Document type: Dowry acquittance
Year: 1427
Scribe: Pere Tarafa
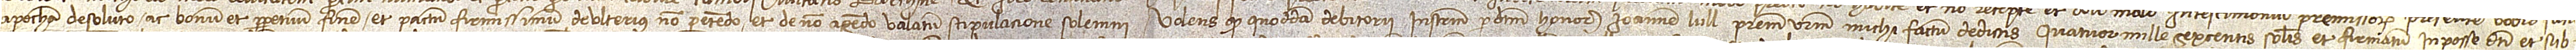
apocham de soluto ac bonum et perpetuum finem et pactum firmissimum de ulterius non petendo et de non agendo valatum stipulacione solemni. Volens quod quoddam debitorii instrumentum per dictum honorabilem Ioannem Lull, patrem vestrum, michi factum dedistis quatuor mille sexcentis solidis et firmatum in posse dicti et sub-